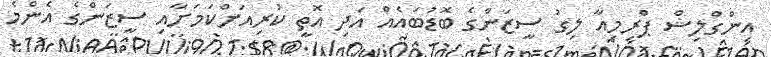
އިންގްލިޝް ޕްރިމިއާ ލިގު ސީޒަންގެ ބޮޑުބައެއް އަދި އޮތީ ކުރިއަށްކަމަށާއި ސީޒަންގެ އެންމެ